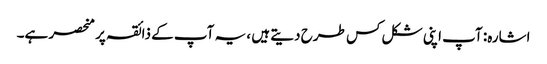
اشارہ: آپ اپنی شکل کس طرح دیتے ہیں ، یہ آپ کے ذائقہ پر منحصر ہے۔